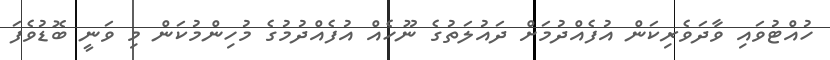
ހުއްޓުވައި ވާދަވެރިކަން އުފެއްދުމަށް ދައުލަތުގެ ނޫހެއް އުފެއްދުމުގެ މުހިންމުކަން މި ވަނީ ބޮޑުވެފަ